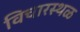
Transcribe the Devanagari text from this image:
विचारस्थळ